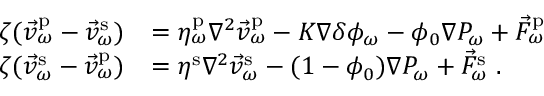
\begin{array} { r l } { \zeta ( \vec { v } _ { \omega } ^ { \mathrm { p } } - \vec { v } _ { \omega } ^ { \mathrm { s } } ) } & { = \eta _ { \omega } ^ { \mathrm { p } } \nabla ^ { 2 } \vec { v } _ { \omega } ^ { \mathrm { p } } - K \nabla \delta \phi _ { \omega } - \phi _ { 0 } \nabla P _ { \omega } + \vec { F } _ { \omega } ^ { \mathrm { p } } } \\ { \zeta ( \vec { v } _ { \omega } ^ { \mathrm { s } } - \vec { v } _ { \omega } ^ { \mathrm { p } } ) } & { = \eta ^ { \mathrm { s } } \nabla ^ { 2 } \vec { v } _ { \omega } ^ { \mathrm { s } } - ( 1 - \phi _ { 0 } ) \nabla P _ { \omega } + \vec { F } _ { \omega } ^ { \mathrm { s } } \; . } \end{array}